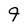
Character: 9